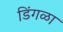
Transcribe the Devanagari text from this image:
डिंगळा